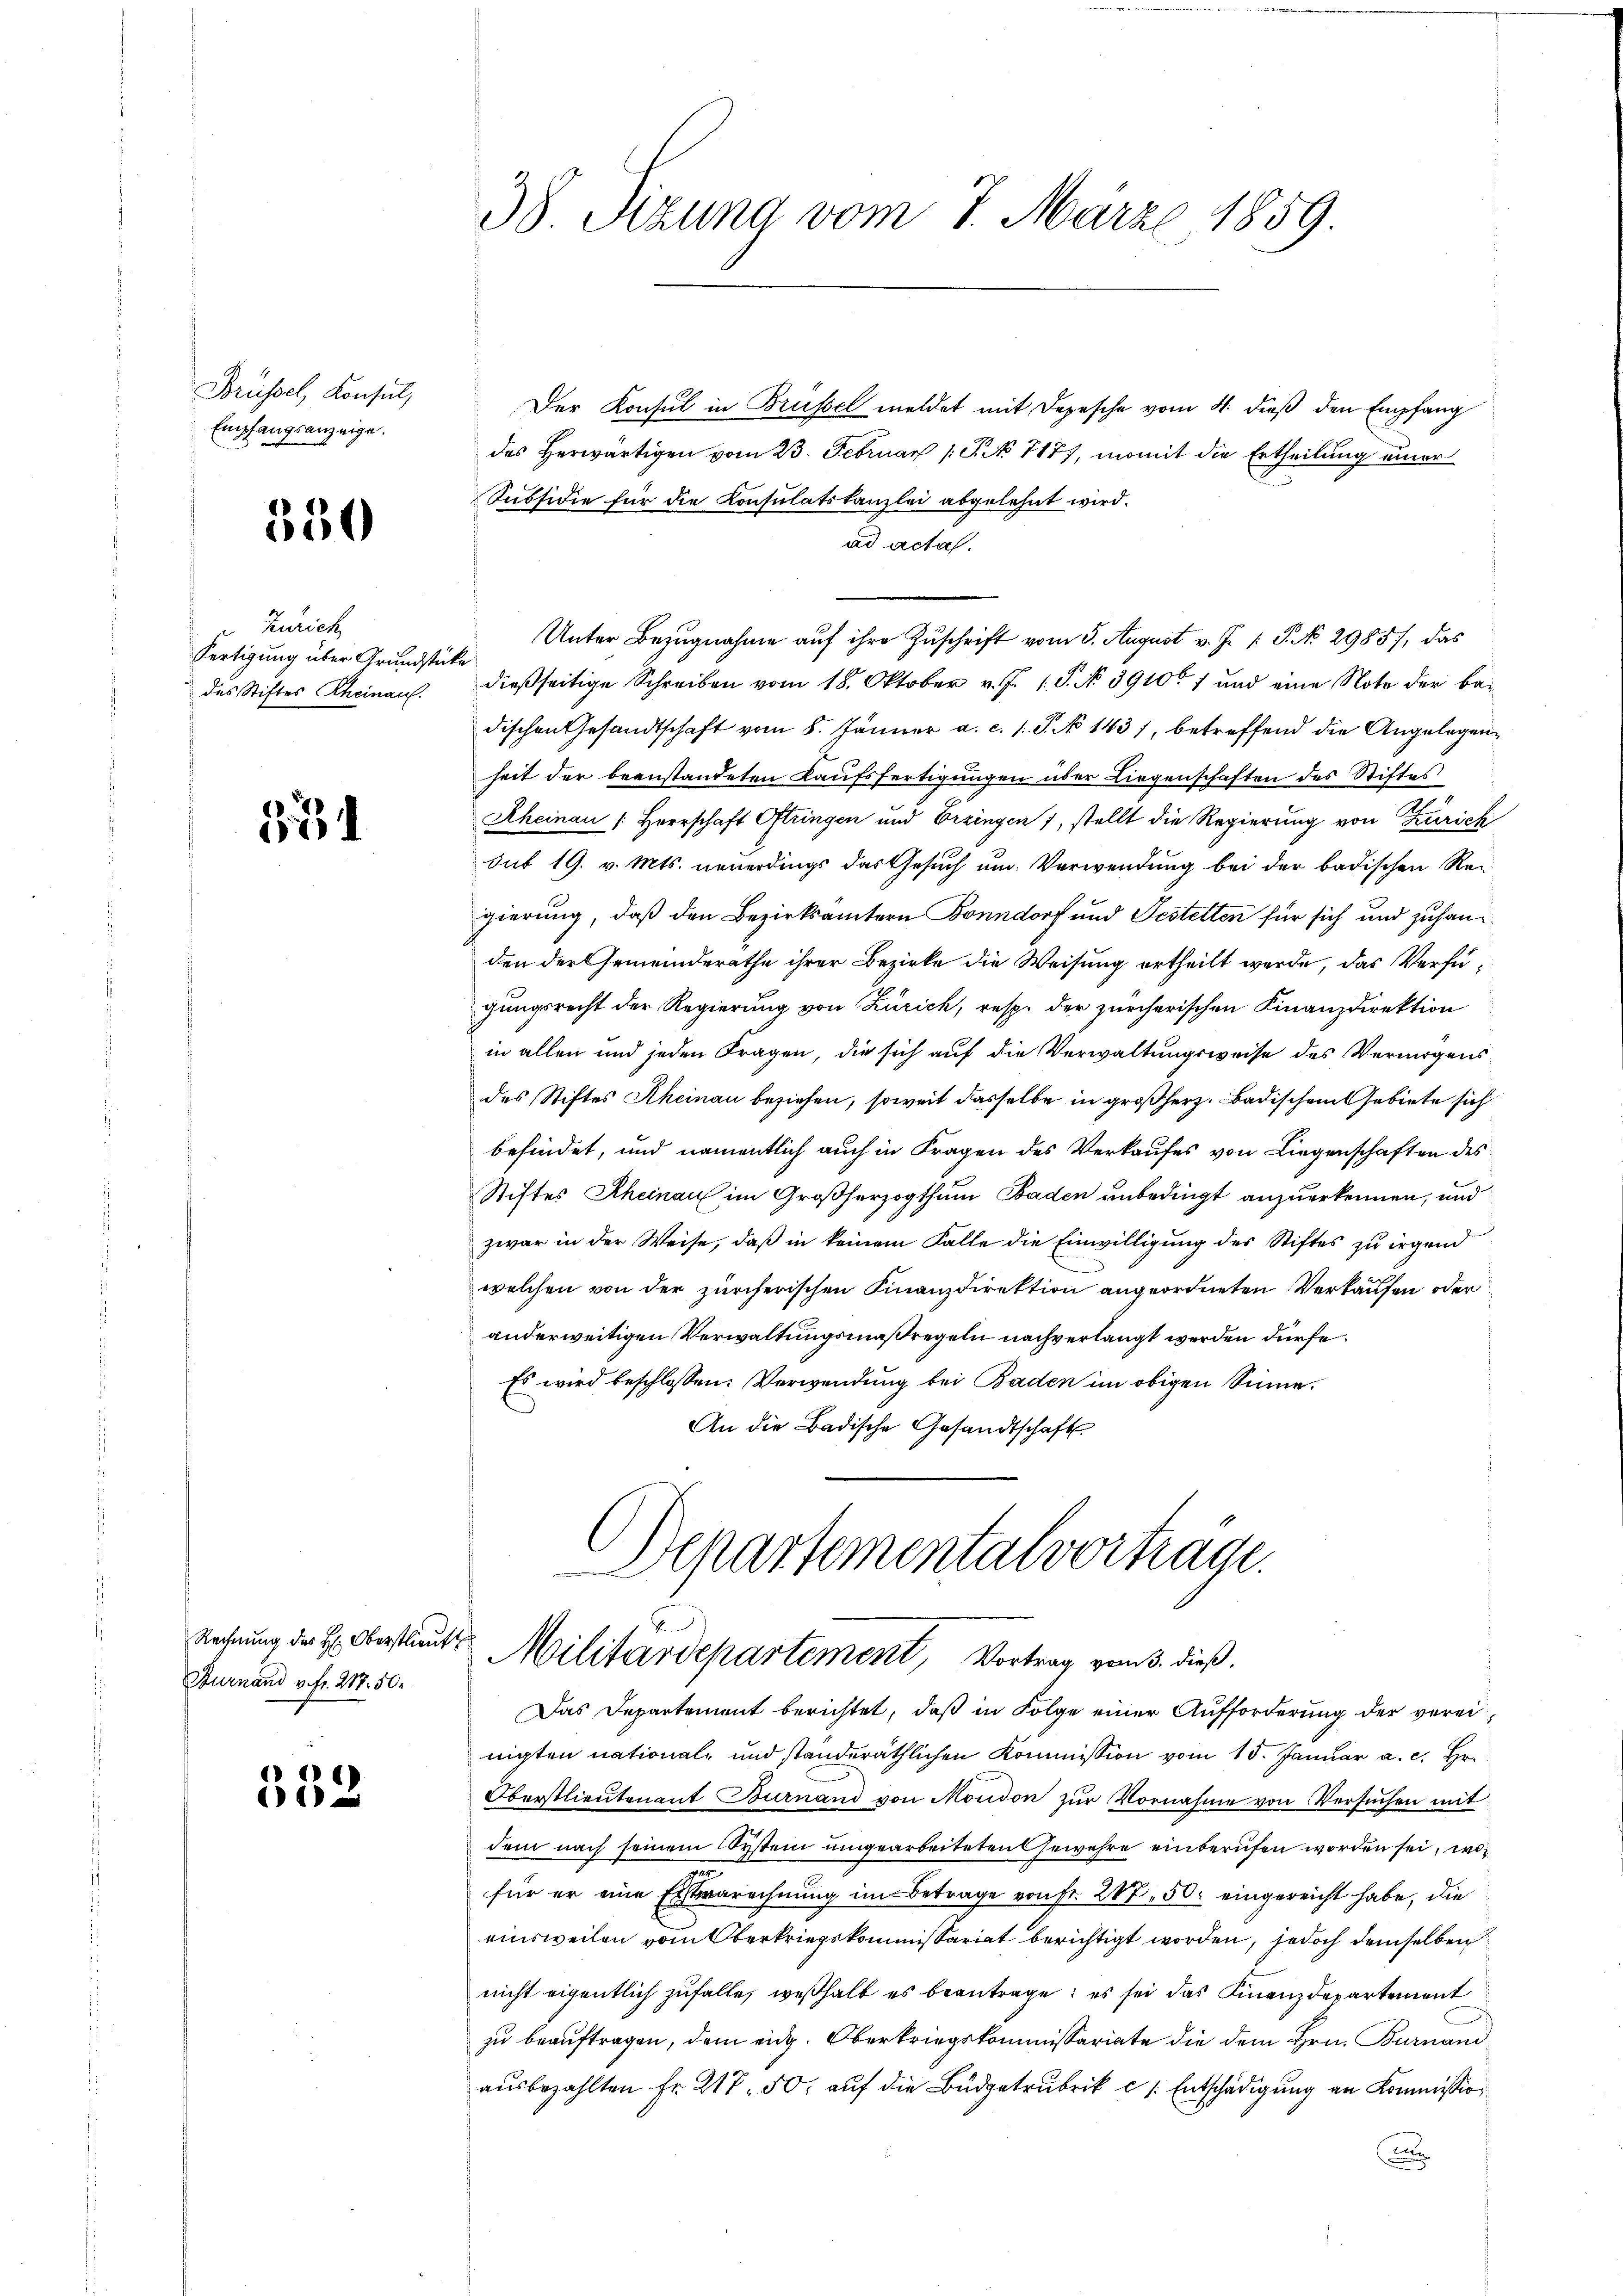
Brüssel, Konsul,
Empfangsanzeige.

350

Zürich
Fertigung über Grundstücke

351

Furnand v. fr. 217. 50.

332

38. Sizung vom 7. März 1859.

Der Konsul in Brüssel meldet mit Depesche vom 4. dieß den Empfang
des Herwärtigen vom 23. Februar 1 S. 7177, womit die Ertheilung einer
Subsidie für die Konsulatskanzlei abgelehnt wird.
ad acta.
Unter Bezugnahme aŭf ihre Zuschrift vom 5. August v. J. /: P. No 2985), das
des Stiftes Rheinaus. dießseitige Schreiben vom 18. Oktober v. J. 1. S. No 39107 und eine Note der be-
dischen Gesandtschaft vom 8. Jänner a. c. l. J. No 1431, betreffend die Angelegenheit der beanstandeten Kaufsfertigungen über Liegenschaften des Stiftes
Rheinau (Herrschaft Oftringen und Erzingen 1, stellt die Regierung von Zürich
dut 19. v. Mts. neuerdings das Gesuch um Verwendung bei der badischen Re-
gierung, daß den Bezirksämtern Bonndorf und Festetten für sich und zuhanden der Gemeinderathe ihrer Bezirke die Weisung ertheilt werde, das Verfügungsrecht der Regierung von Zürich, resp. der zürcherischen Finanzdirektion
in allen und jeden Fragen, die sich auf die Verwaltungsweise des Vermögensdes Stiftes Rheinau beziehen, soweit dasselbe in großherz. Badischen Gebiete sich
befindet, und namentlich auch in Fragen des Verkaufes von Liegenschaften des
Stiftes Rheinau im Großherzogthum Baden unbedingt anzuerkennen, und
zwar in der Weise, daß in keinem Falle die Einwilligung des Stiftes zu irgend
welchen von der zürcherischen Finanzdirektion angeordneten Verkaufen oder
anderweitigen Verwaltungsmaßregeln nachverlangt werden dürfe.
Es wird beschlossen: Verwendung bei Baden im obigen Sinne.
An die Badische Gesandtschaft

Departementalvorträge.
Rechnung der Hr. Oberstaut Militärdepartement, Vortrag vom 3. dieß.

Das Departement berichtet, daß in Folge einer Aufforderung der vereinigten national- und standeräthlichen Kommission vom 15. Januar a. c. Hr.
Oberstlieutenant Burnand von Moudon zŭr Vornahme von Versuchen mit
dem nach seinem System umgearbeiteten Gewehre einberufen worden sei, wie
m
für er eine Erstenrechnung im Betrage von Fr. 207, 50. eingereicht habe, die
einsweilen vom Oberkriegskommissariat berichtigt worden, jedoch demselben
nicht eigentlich zufalle, weßhalb es beantrage; es sei das Finanzdepartement
zu beauftragen, dem eidg. Oberkriegskommissariate die dem Hrn. Bernand
aŭsbezahlten Fr. 217. 50. auf die Büdgetrubrik c 1. Entschädigung an Kommission
a